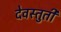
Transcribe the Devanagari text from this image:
देवस्तुती